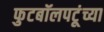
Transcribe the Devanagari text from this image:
फुटबॉलपटूंच्या